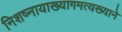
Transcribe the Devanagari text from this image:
निशष्नायाख्यागमत्यख्याने